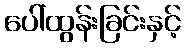
ပေါ်ထွန်းခြင်းနှင့်